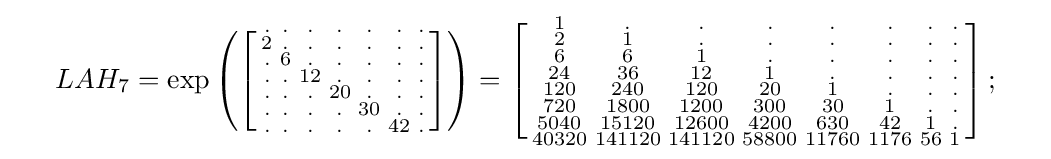
{\begin{array}{lll}&LAH_{7}=\exp \left(\left[{\begin{smallmatrix}.&.&.&.&.&.&.\\2&.&.&.&.&.&.\\.&6&.&.&.&.&.\\.&.&12&.&.&.&.\\.&.&.&20&.&.&.\\.&.&.&.&30&.&.\\.&.&.&.&.&42&.\end{smallmatrix}}\right]\right)=\left[{\begin{smallmatrix}1&.&.&.&.&.&.&.\\2&1&.&.&.&.&.&.\\6&6&1&.&.&.&.&.\\24&36&12&1&.&.&.&.\\120&240&120&20&1&.&.&.\\720&1800&1200&300&30&1&.&.\\5040&15120&12600&4200&630&42&1&.\\40320&141120&141120&58800&11760&1176&56&1\end{smallmatrix}}\right];\quad \end{array}}